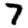
Digit: 7